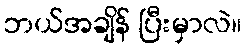
ဘယ်အချိန် ပြီးမှာလဲ။